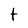
Character: t